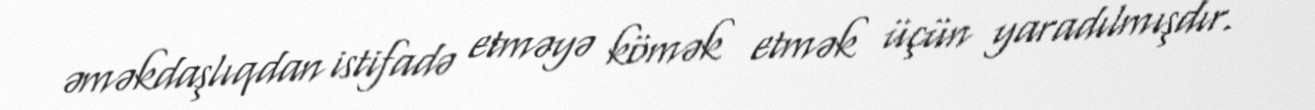
əməkdaşlıqdan istifadə etməyə kömək etmək üçün yaradılmışdır.